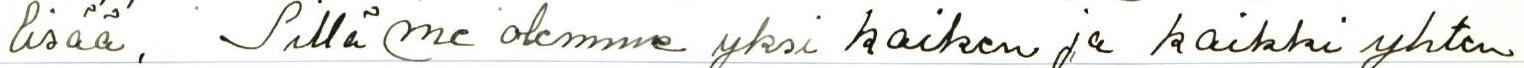
lisää. Sillä me olemme yksi kaiken ja kaikki yhten